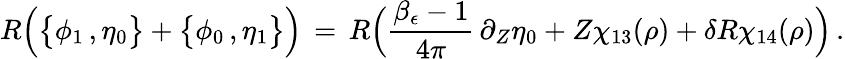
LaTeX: R\Bigl(\bigl\{ \phi_{1}\, ,\eta_{0}\bigr\} +\bigl\{ \phi_{0}\, ,\eta_{1}\bigr\} \Bigr)\, =\, R\Bigl(\frac{\beta_{\epsilon}-1}{4\pi}\, \partial_{Z}\eta_{0}+Z\chi_{13}(\rho)+\delta R\chi_{14}(\rho)\Bigr)\, .